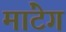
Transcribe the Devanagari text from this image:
मांटेग